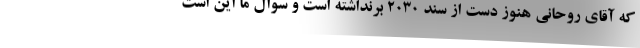
که آقای روحانی هنوز دست از سند ۲۰۳۰ برنداشته است و سوال ما این است